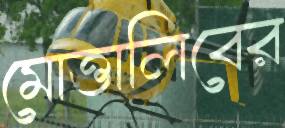
মোত্তালিবের